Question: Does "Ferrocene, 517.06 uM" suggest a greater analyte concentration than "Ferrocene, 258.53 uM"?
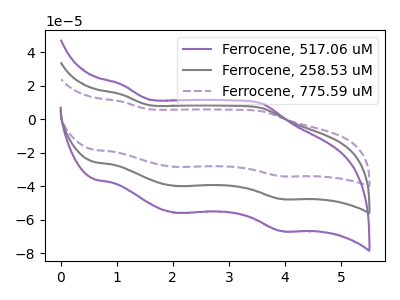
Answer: <think>The purple curve "Ferrocene, 517.06 uM" has anodic peaks at (1.10V, 20.85uA) (3.60V, 9.40uA) and cathodic peaks at (2.05V, -55.80uA) (3.95V, -66.65uA). The gray curve "Ferrocene, 258.53 uM" has anodic peaks at (1.10V, 14.85uA) (3.60V, 6.70uA) and cathodic peaks at (2.05V, -39.80uA) (3.95V, -47.55uA). The purple dashed curve "Ferrocene, 775.59 uM" has anodic peaks at (1.10V, 29.75uA) (3.60V, 13.45uA) and cathodic peaks at (2.05V, -79.60uA) (3.95V, -95.10uA).
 All the peaks in "Ferrocene, 517.06 uM" have a peak in "Ferrocene, 258.53 uM" at the same potential. Every peak in "Ferrocene, 517.06 uM" is higher than every peak in "Ferrocene, 258.53 uM".</think>
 <answer>"Ferrocene, 517.06 uM" has more signal than "Ferrocene, 258.53 uM".</answer>
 <eval>more_signal</eval>